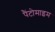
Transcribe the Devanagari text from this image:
पैंटोमाइम